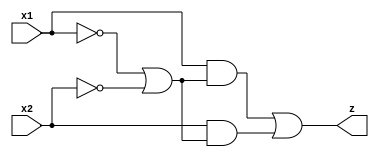
module circuit06(x1, x2, z);
input x1, x2;
output z;

assign z = ( ( (x1) & ( (~x1 | ~x2) ) ) | ( (x2) & ( (~x1 | ~x2) ) ) );

endmodule